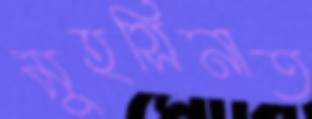
মুহসিনাত